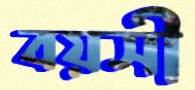
বয়সী